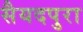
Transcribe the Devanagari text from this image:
सैयदपुरा